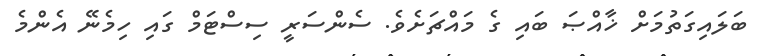
ބަލައިގަތުމަށް ޚާއްޞަ ބައި ގެ މައްޗަށެވެ. ސެންސަރީ ސިސްޓަމް ގައި ހިމެނޭ އެންމެ